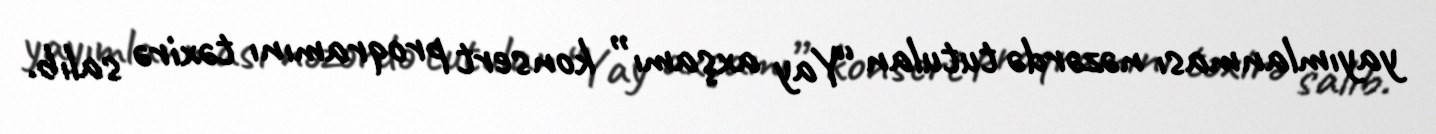
yayımlanması nəzərdə tutulan “Yay axşamı” konsert proqramını təxirə salıb.